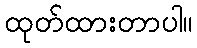
ထုတ်ထားတာပါ။